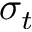
\sigma _ { t }